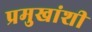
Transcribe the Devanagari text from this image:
प्रमुखांशी